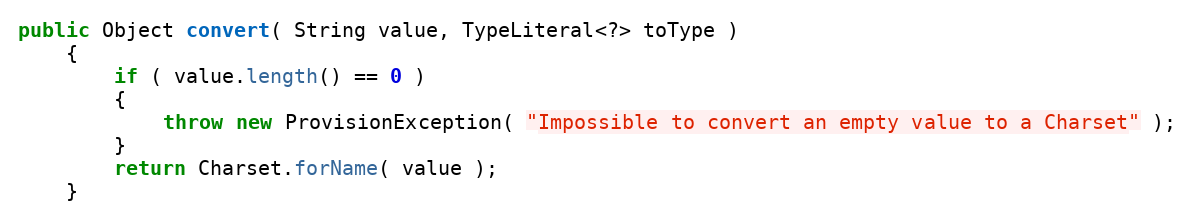
Language: Java
public Object convert( String value, TypeLiteral<?> toType )
    {
        if ( value.length() == 0 )
        {
            throw new ProvisionException( "Impossible to convert an empty value to a Charset" );
        }
        return Charset.forName( value );
    }